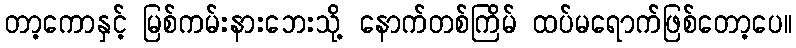
တာ့ကောနှင့် မြစ်ကမ်းနားဘေးသို့ နောက်တစ်ကြိမ် ထပ်မရောက်ဖြစ်တော့ပေ။